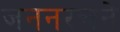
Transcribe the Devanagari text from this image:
जननरचने